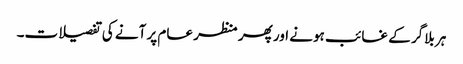
ہر بلاگر کے غائب ہونے اور پھر منظر عام پر آنے کی تفصیلات۔